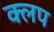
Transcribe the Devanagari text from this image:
क्लप